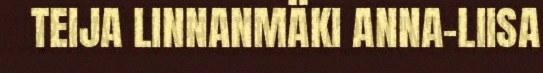
TEIJA LINNANMÄKI ANNA-LIISA